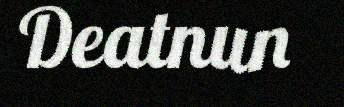
Deatnun